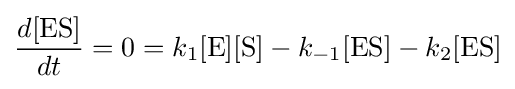
{\frac {d[{\mathrm {ES} }]}{dt}}=0=k_{1}[{\ce {E}}][{\ce {S}}]-k_{-1}[{\mathrm {ES} }]-k_{2}[{\mathrm {ES} }]